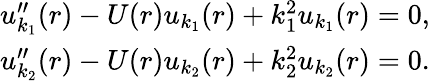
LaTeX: \begin{array}{r}{u_{k_{1}}^{\prime\prime}(r)-U(r)u_{k_{1}}(r)+k_{1}^{2}u_{k_{1}}(r)=0,}\\ {u_{k_{2}}^{\prime\prime}(r)-U(r)u_{k_{2}}(r)+k_{2}^{2}u_{k_{2}}(r)=0.}\end{array}